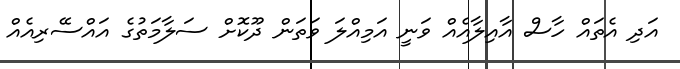
އަދި އެތައް ހާސް އާއިލާއެއް ވަނީ އަމިއްލަ ވަތަން ދޫކޮށް ސަލާމަތުގެ އައްސޭރިއެއް